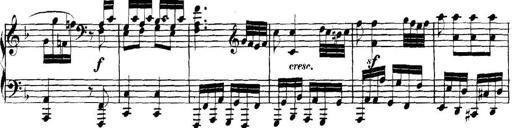
Title: Collected Piano Sonatas
Composer: Muzio Clementi